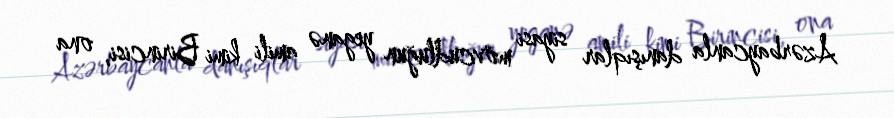
Azərbaycanla danışıqlar siyasi mövcudluğun yeganə amili kimi Birincisi, ona